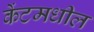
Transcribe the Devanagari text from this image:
केंटमधील